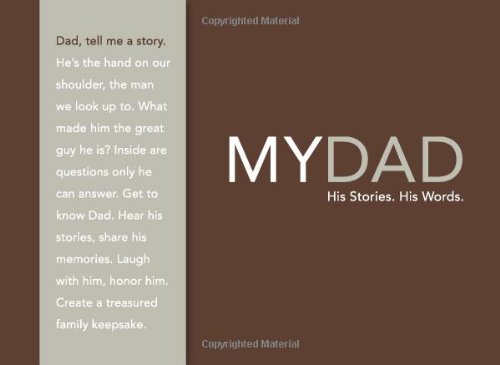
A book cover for My Dad: His Story, His Words; Dan Zadra; Parenting & Relationships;